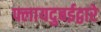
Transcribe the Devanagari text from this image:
फ्लायदुबईद्वारे